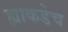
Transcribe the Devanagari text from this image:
ह्याकडेच